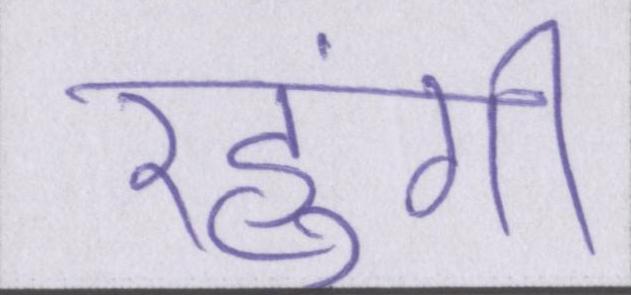
रहुंगी